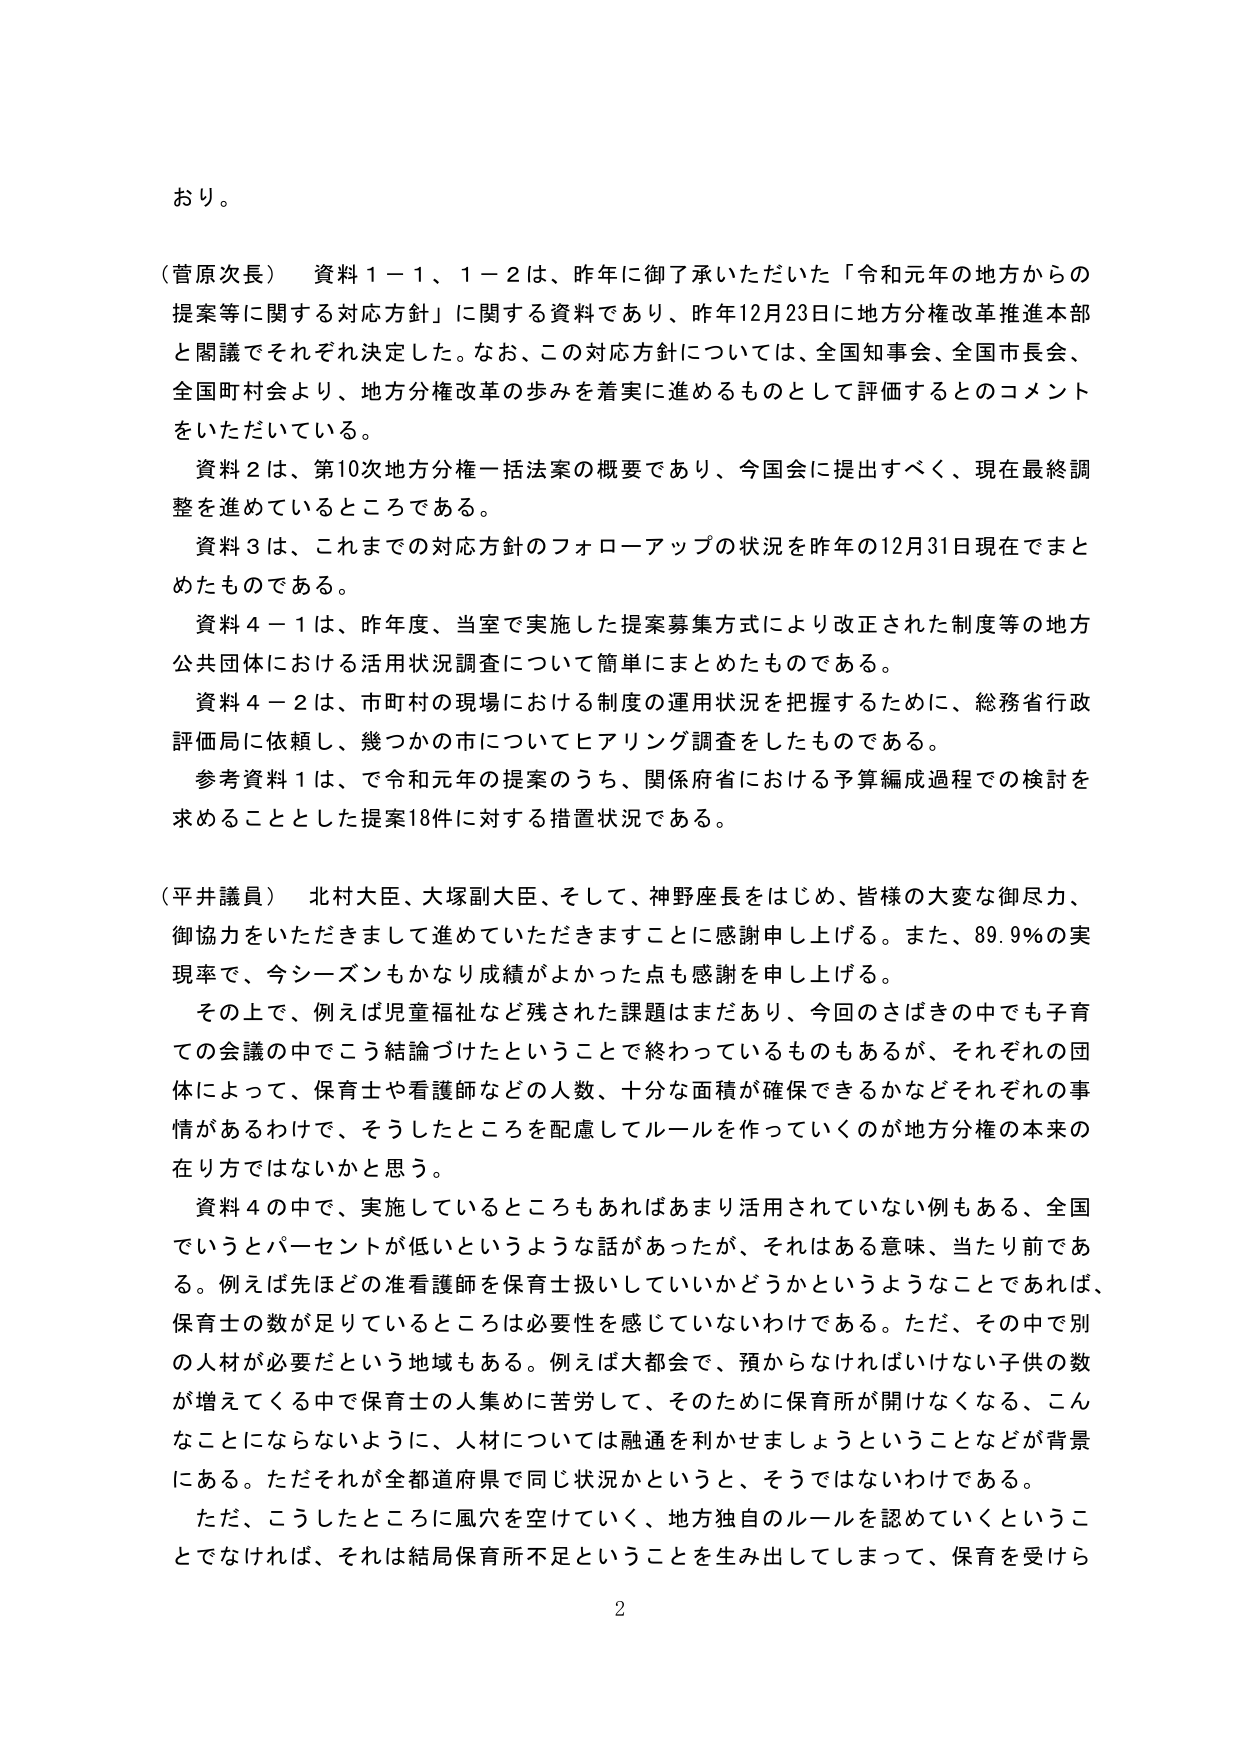
おり。

（菅原次長） 資料１－１、１－２は、昨年に御了承いただいた「令和元年の地方からの提案等に関する対応方針」に関する資料であり、昨年12月23日に地方分権改革推進本部と閲議でそれぞれ決定した。なお、この対応方針については、全国知事会、全国市長会、全国町村会より、地方分権改革の歩みを着実に進めるものとして評価するととのコメントをいただいている。

資料２は、第10次地方分権一括法案の概要であり、今国会に提出すべく、現在最終調整を進めているところである。

資料３は、これまでの対応方針のフォローアップの状況を昨年の12月31日現在でまとめたものである。

資料４－１は、昨年度、当室で実施した提案募集方式により改正された制度等の地方公共団体における活用状況調査について簡単にまとめたものである。

資料４－２は、市町村の現場における制度の運用状況を把握するために、総務省行政評価局に依頼し、幾つかの市についてヒアリング調査をしたものである。

参考資料１は、で令和元年の提案のうち、関係府省における予算編成過程での検討を求めることとした提案18件に対する措置状況である。

（平井議員） 北村大臣、大塚副大臣、そして、神野座長をはじめ、皆様の大変な御尽力、御協力をいただきまして進めていただきますことに感謝申し上げる。また、89.9％の実現率で、今シーズンもかなり成績がよかった点も感謝を申し上げる。

その上で、例えば児童福祉など残された課題はまだあり、今回のさばきの中でも子育ての会議の中でこう結論づけたということで終わっているものもあるが、それぞれの団体によって、保育士や看護師などの人数、十分な面積が確保できるかなどそれぞれの事情があるわけで、そうしたところを配慮してルールを作っていくのが地方分権の本来の在り方ではないかと思う。

資料４の中で、実施しているところもあればあまり活用されていない例もある、全国でいうとパーセントが低いというような話があったが、それはある意味、当たり前である。例えば先ほどの准看護師を保育士扱いしていいかどうかというようなことであれば、保育士の数が足りているところは必要性を感じていないわけである。ただ、その中で別の入材が必要だという地域もある。例えば大都会で、預からなければいけない子供の数が増えてくる中で保育士の人集めに苦労して、そのために保育所が開けなくなる、こんなことにならないように、人材については融通を利かせましょうということなどが背景にある。ただそれが全都道府県で同じ状況かというと、そうではないわけである。

ただ、こうしたところに風穴を空けていく、地方独自のルールを認めていくということであれば、それは結局保育所不足ということを生み出してしまって、保育を受けら

2